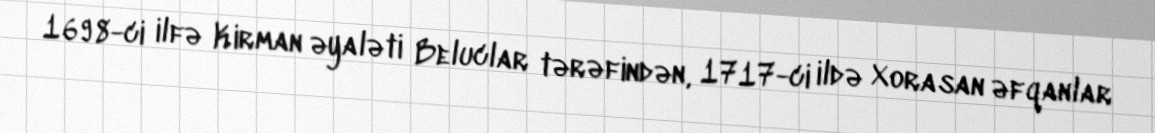
1698-ci ilfə Kirman əyaləti Beluclar tərəfindən, 1717-ci ildə Xorasan əfqanlar